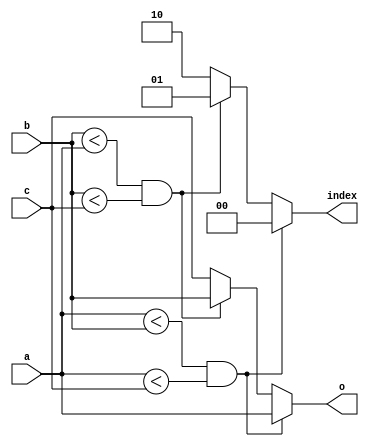
module min(
    input [9:0] a,
    input [9:0] b,
    input [9:0] c,
    output [9:0] o,
	 output [1:0] index
    );
reg [9:0] val;
reg [1:0] i;
always
	begin
	if (a < b && a < c)
	begin
		val = a;
		i = 0;
	end
	else if(b < a && b < c)
	begin
		val = b;
		i = 1;
	end
	else
	begin
		val = c;
		i = 2;
	end
end
assign index = i;
assign o = val;
endmodule